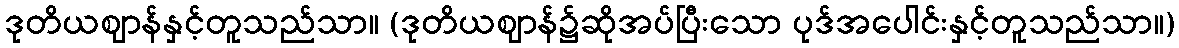
ဒုတိယဈာန်နှင့်တူသည်သာ။ (ဒုတိယဈာန်၌ဆိုအပ်ပြီးသော ပုဒ်အပေါင်းနှင့်တူသည်သာ။)